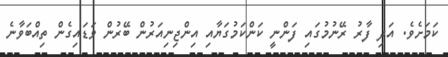
ކަމަށެވެ. އަދި ފާރު ރޭނުމުގައި ފަންނީ ކަންކަމުގަޔާއި އިންޖިނިއަރުން ބޭރުން ވަޑައިގެން ތިއްބަވާނެ